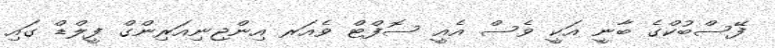
ފޭސްބުކްގެ ބާނީ އަކީ ވެސް އެއީ ސޮފްޓް ވެއަރ އިންޖިނިއަރިންގް ފީލްޑް ގައި